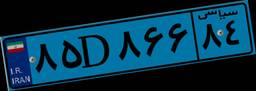
۸۵D۸۶۶۸۴